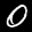
Label: 0